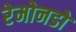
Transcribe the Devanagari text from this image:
रेमोनडो